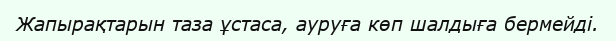
Жапырақтарын таза ұстаса, ауруға көп шалдыға бермейді.